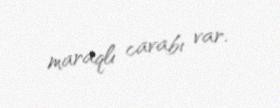
maraqlı cavabı var.